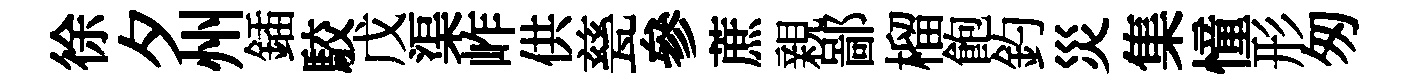
徐夕州鍤駮戊渠岞供甆參蔗親鄙榴飽釣災集憧形匆